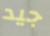
جيد